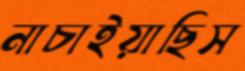
নাচাইয়াছিস